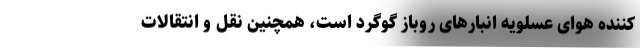
کننده هوای عسلویه انبارهای روباز گوگرد است، همچنین نقل و انتقالات